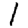
Digit: 1